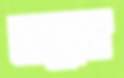
লড়্গে